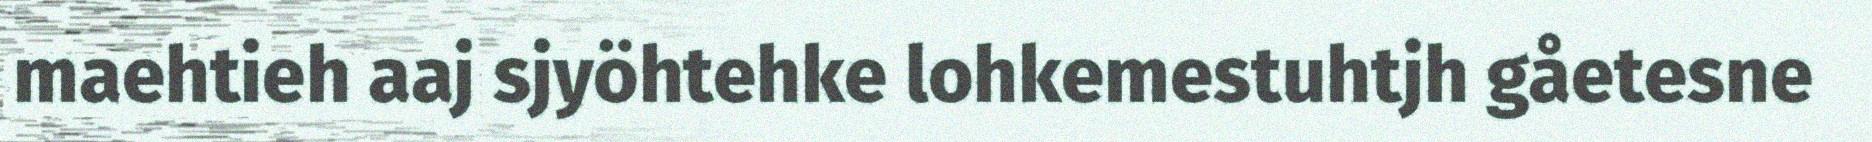
maehtieh aaj sjyöhtehke lohkemestuhtjh gåetesne